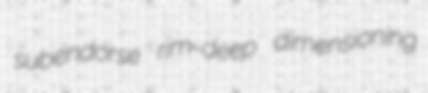
subendorse rim-deep dimensioning